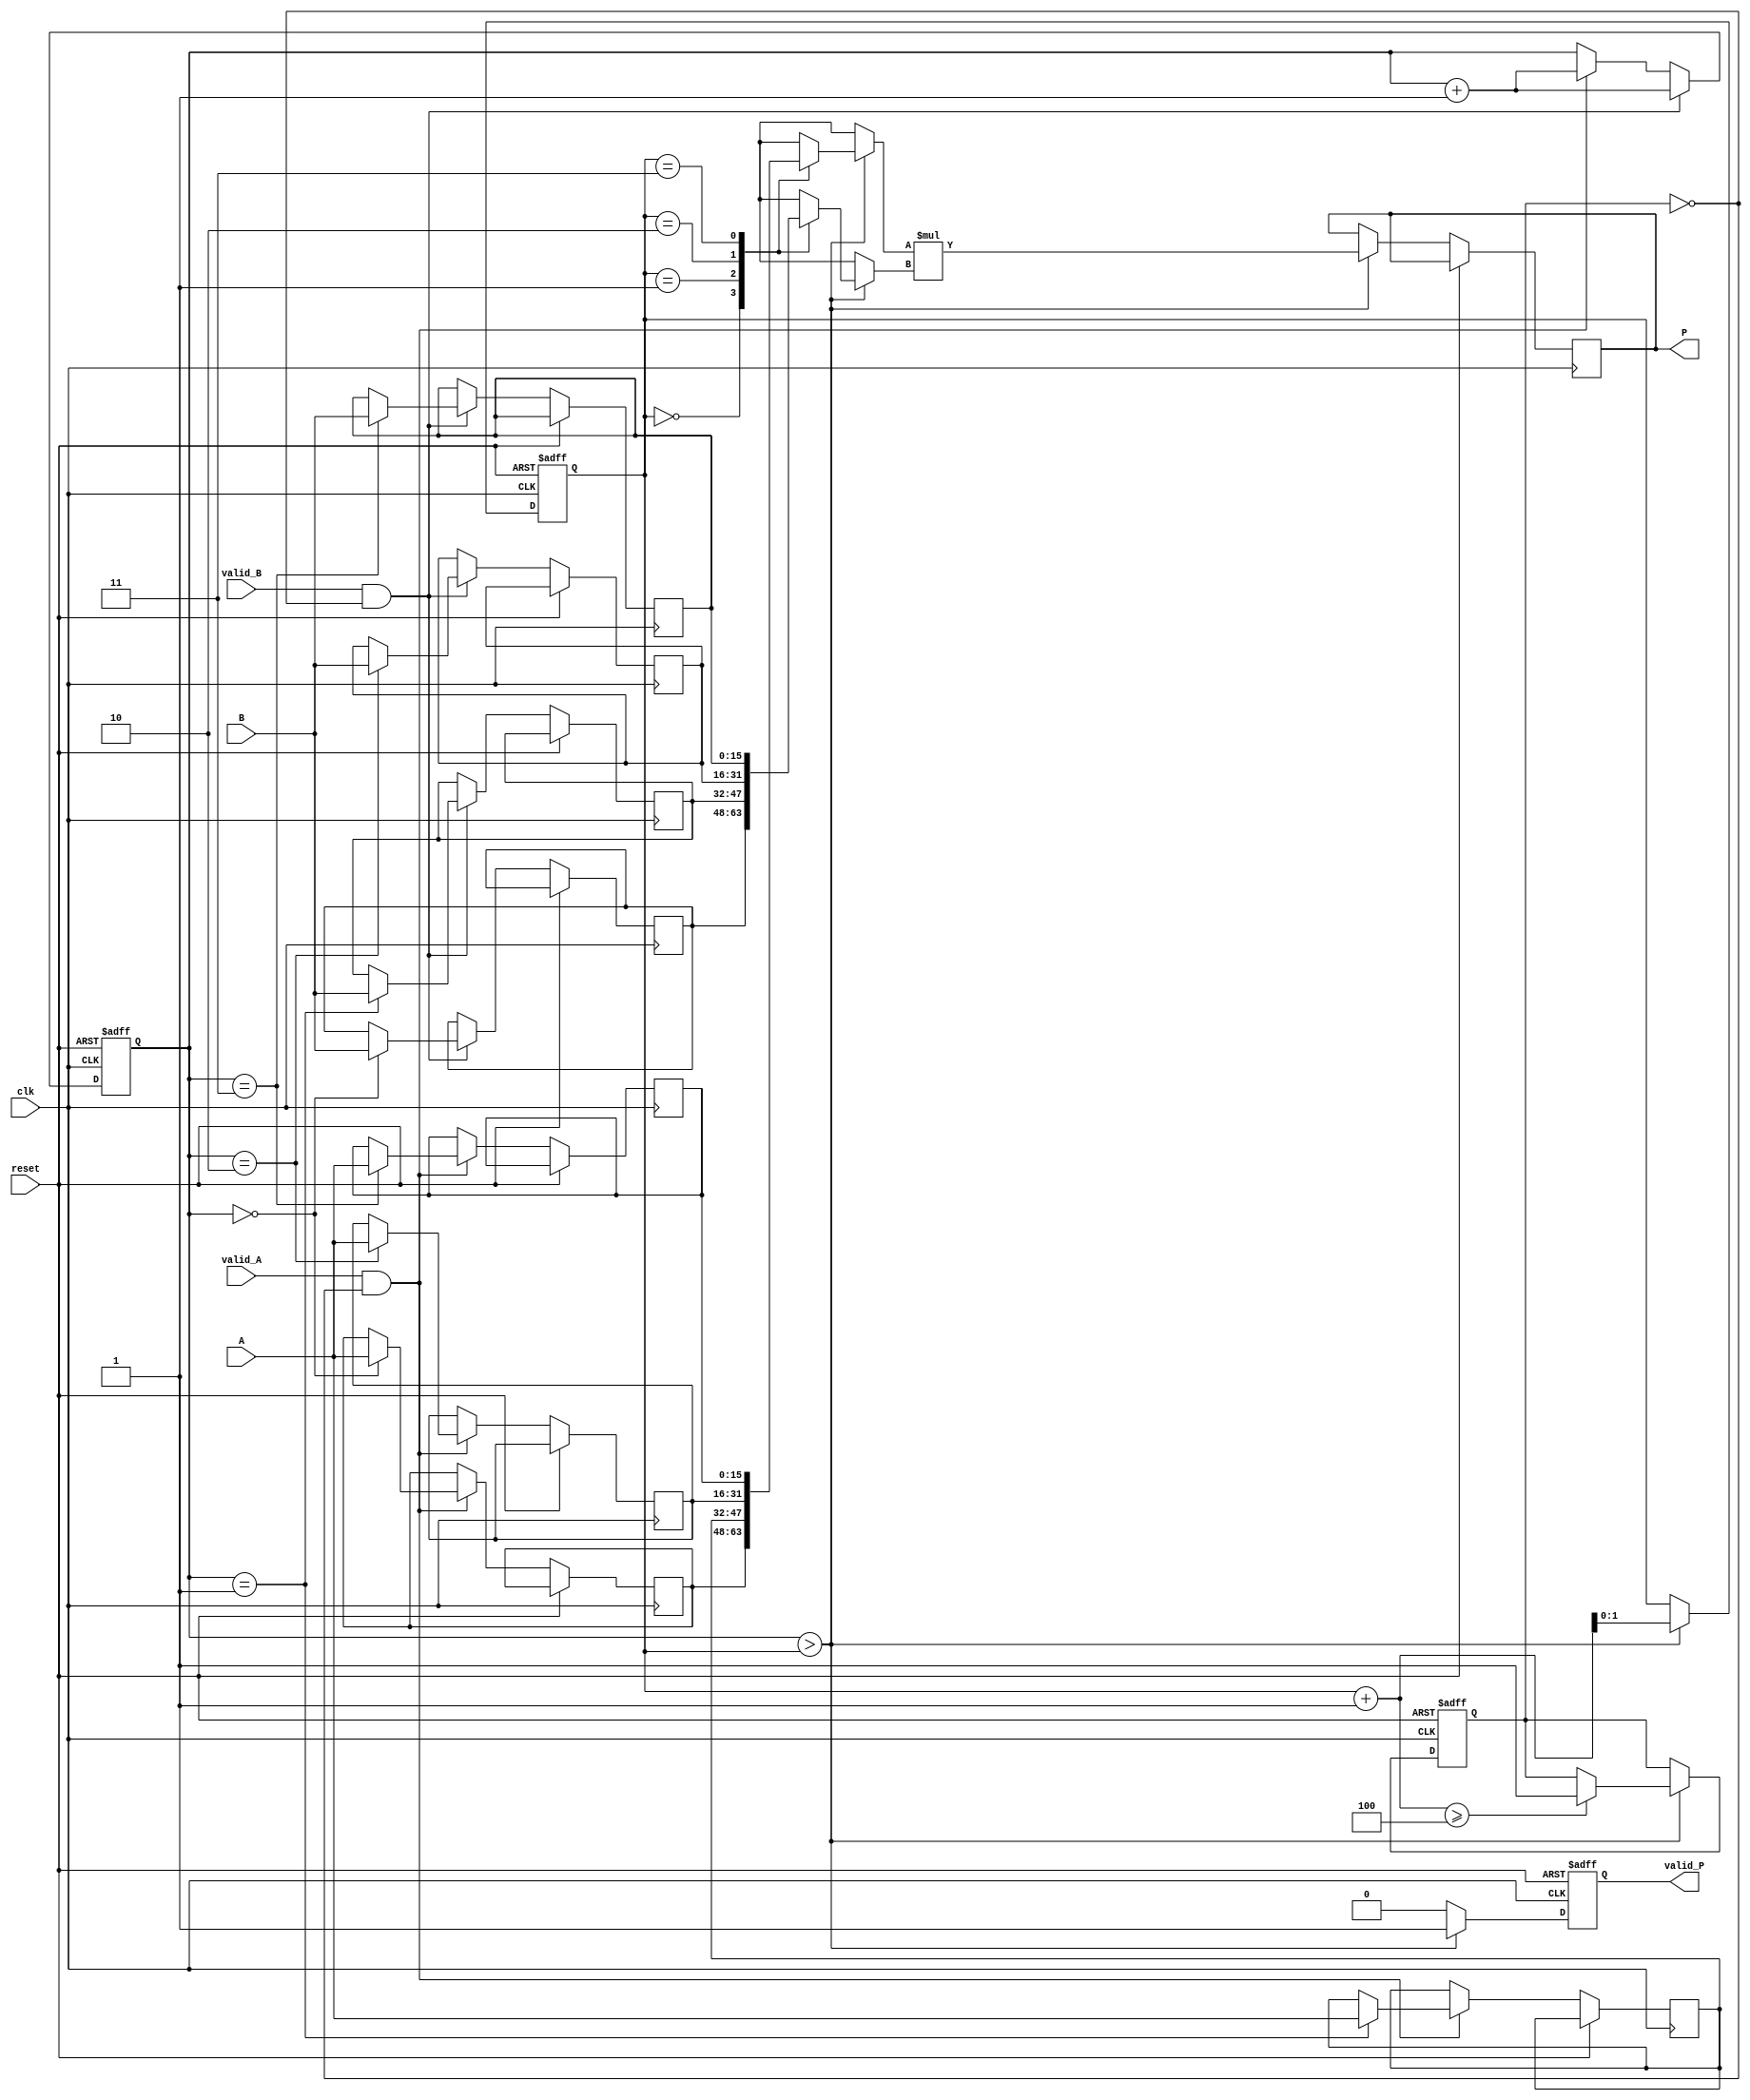
module StreamingMultiplier #(
    parameter DATA_WIDTH = 16, // Configurable data width
    parameter BUFFER_SIZE = 4   // Size of the input/output buffers
)(
    input wire clk,               // Clock signal
    input wire reset,             // Reset signal
    input wire [DATA_WIDTH-1:0] A, // Input stream A
    input wire [DATA_WIDTH-1:0] B, // Input stream B
    input wire valid_A,           // Valid signal for input A
    input wire valid_B,           // Valid signal for input B
    output reg [2*DATA_WIDTH-1:0] P, // Output product
    output reg valid_P            // Valid signal for output P
);

    // Internal buffers
    reg [DATA_WIDTH-1:0] buffer_A [0:BUFFER_SIZE-1];
    reg [DATA_WIDTH-1:0] buffer_B [0:BUFFER_SIZE-1];
    reg [1:0] write_index;       // Write index for buffers
    reg [1:0] read_index;        // Read index for buffers
    reg buffer_full;             // Buffer full flag

    // Control logic to manage data flow
    always @(posedge clk or posedge reset) begin
        if (reset) begin
            write_index <= 0;
            read_index <= 0;
            buffer_full <= 0;
            valid_P <= 0;
        end else begin
            // Write data to buffers if valid
            if (valid_A && !buffer_full) begin
                buffer_A[write_index] <= A;
                write_index <= write_index + 1;
            end
            if (valid_B && !buffer_full) begin
                buffer_B[write_index] <= B;
                write_index <= write_index + 1;
            end
            
            // Check if we have enough data to process
            if (write_index > read_index) begin
                // Perform multiplication
                P <= buffer_A[read_index] * buffer_B[read_index];
                valid_P <= 1;
                read_index <= read_index + 1;

                // Check if we've read all data
                if (read_index + 1 >= BUFFER_SIZE) begin
                    buffer_full <= 1; // Set buffer full if we reached the end
                end
            end else begin
                valid_P <= 0; // No valid output if no data to read
            end
        end
    end

endmodule